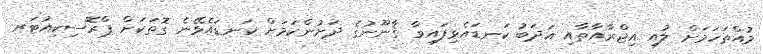
މުއްތަހަމަށް ލުއި އިޖްރާއާތާއި އަދަބު ކަނޑައެޅިފައިވާ ޤާނޫނުގެ ދަށުންކަމަށް ކަނޑައެޅޭނެ ގޮތަކަށް ޕްރޮސިކިއުޓަރ